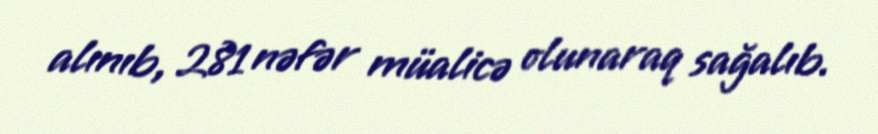
alınıb, 281 nəfər müalicə olunaraq sağalıb.